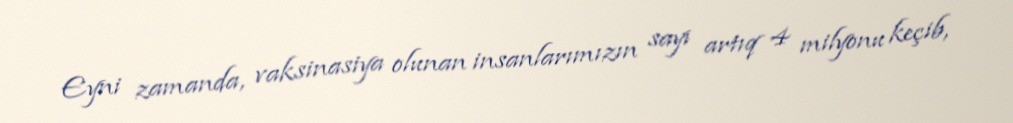
Eyni zamanda, vaksinasiya olunan insanlarımızın sayı artıq 4 milyonu keçib,